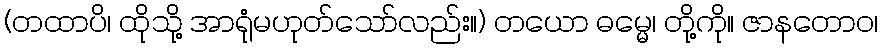
(တထာပိ၊ ထိုသို့ အာရုံမဟုတ်သော်လည်း။) တယော ဓမ္မေ၊ တို့ကို။ ဇာနတောဝ၊